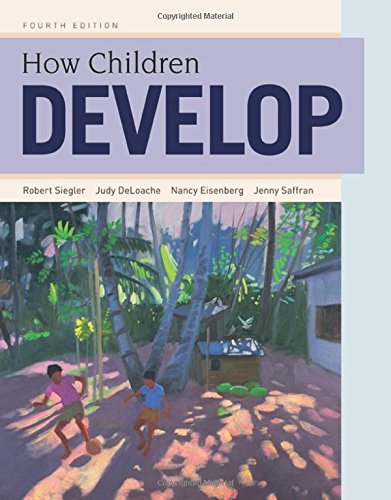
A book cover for How Children Develop; Robert S. Siegler; Medical Books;